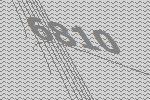
6810